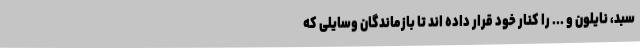
سبد، نایلون و ... را کنار خود قرار داده اند تا بازماندگان وسایلی که